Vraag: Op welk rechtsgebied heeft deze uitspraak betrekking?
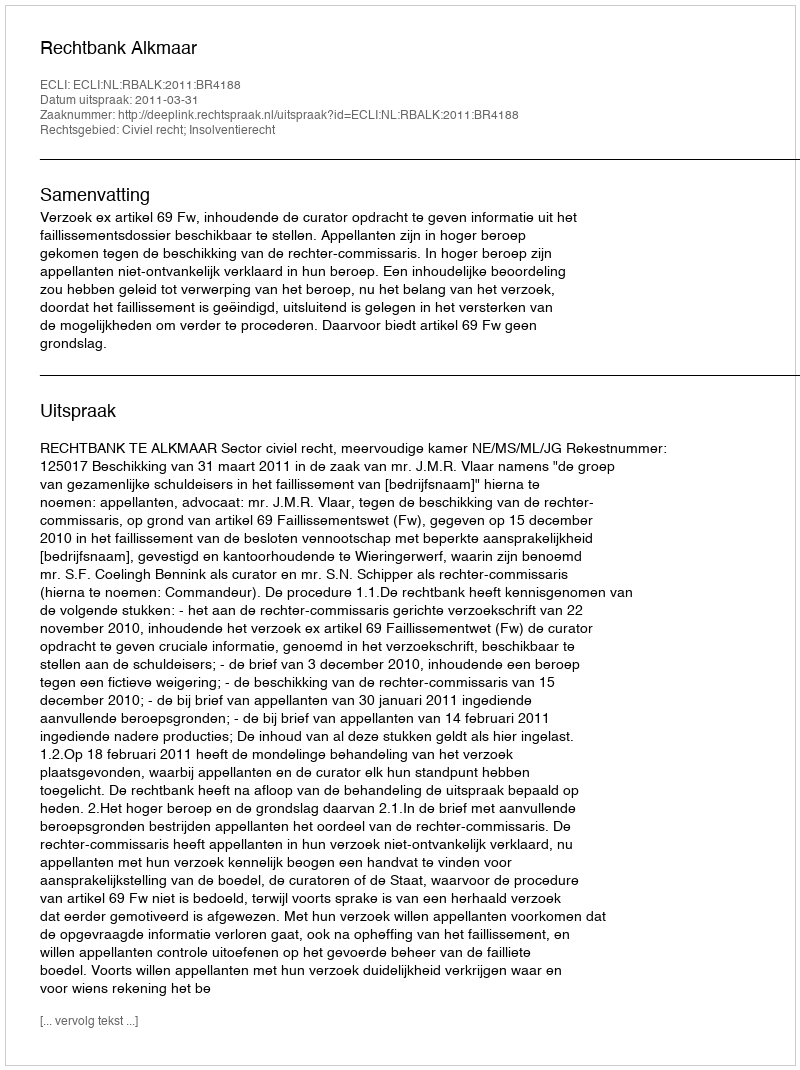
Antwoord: Civiel recht; Insolventierecht